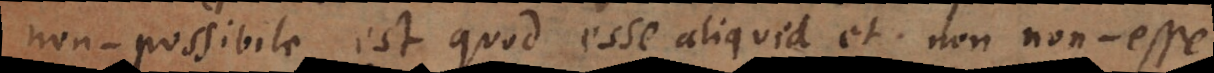
non‐possibile est quod esse aliquid et non non‐esse